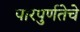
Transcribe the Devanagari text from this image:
परिपुर्णतेचे